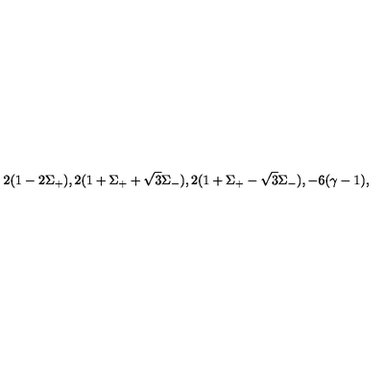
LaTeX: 2 ( 1 - 2 \Sigma _ { + } ) , 2 ( 1 + \Sigma _ { + } + \sqrt { 3 } \Sigma _ { - } ) , 2 ( 1 + \Sigma _ { + } - \sqrt { 3 } \Sigma _ { - } ) , - 6 ( \gamma - 1 ) ,